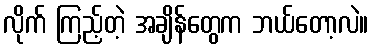
လိုက် ကြည့်တဲ့ အချိန်တွေက ဘယ်တော့လဲ။